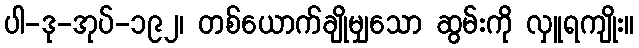
ပါ-ဒု-အုပ်-၁၉၂၊ တစ်ယောက်ချိုမျှသော ဆွမ်းကို လှူရကျိုး။